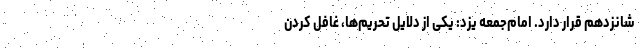
شانزدهم قرار دارد. امام‌جمعه یزد: یکی از دلایل تحریم‌ها، غافل کردن